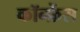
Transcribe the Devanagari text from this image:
कॉन्‍फ्रेंस